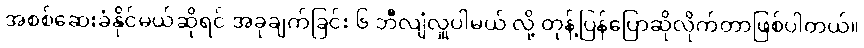
အစစ်ဆေးခံနိုင်မယ်ဆိုရင် အခုချက်ခြင်း ၆ ဘီလျံလှူပါမယ် လို့ တုန့်ပြန်ပြောဆိုလိုက်တာဖြစ်ပါတယ်။